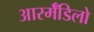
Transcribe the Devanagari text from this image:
आरर्मॅडिलो